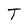
Character: T